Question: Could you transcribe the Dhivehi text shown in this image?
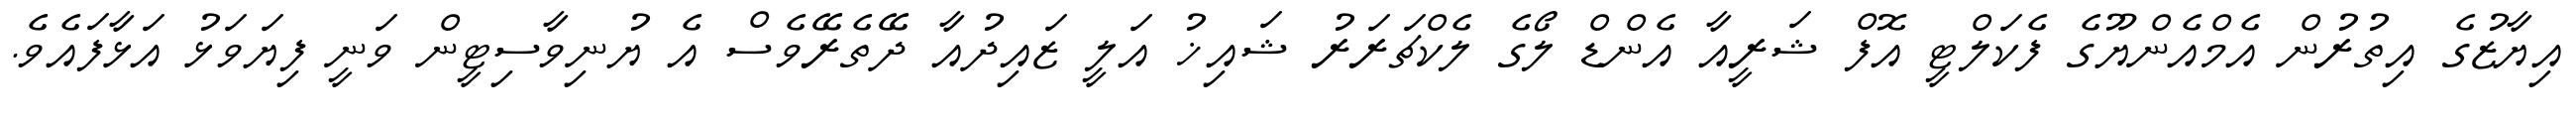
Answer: އިޔާޒުގެ އިތުރުން އެމްއެންޔޫގެ ފެކަލްޓީ އޮފް ޝަރީއާ އެންޑް ލޯގެ ލެކްޗަރަރު ޝައިޚު އަލީ ޒައިދުއާ ދޭތެރޭވެސް އެ ޔުނިވާސިޓީން ވަނީ ފިޔަވަޅު އަޅާފައެވެ.